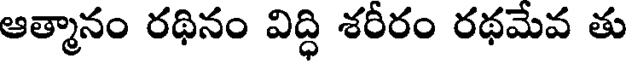
ఆత్మానం రథినం విద్ధి శరీరం రథమేవ తు